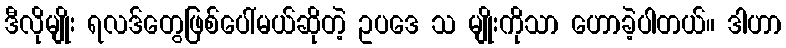
ဒီလိုမျိုး ရလဒ်တွေဖြစ်ပေါ်မယ်ဆိုတဲ့ ဥပဒေ သ မျိုးကိုသာ ဟောခဲ့ပါတယ်။ ဒါဟာ